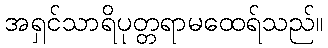
အရှင်သာရိပုတ္တရာမထေရ်သည်။